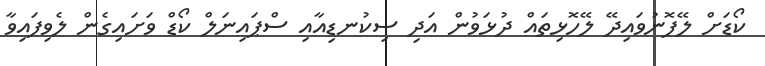
ކޯޑަށް ލޭފޮނުވައިދޭ ލޭހޮޅިތައް ދުޅަވުން އަދި ސިކުނޑިއާއި ސްޕައިނަލް ކޯޑް ވަށައިގެން ލެވިފައިވާ